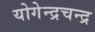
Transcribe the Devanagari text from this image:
योगेन्द्रचन्द्र